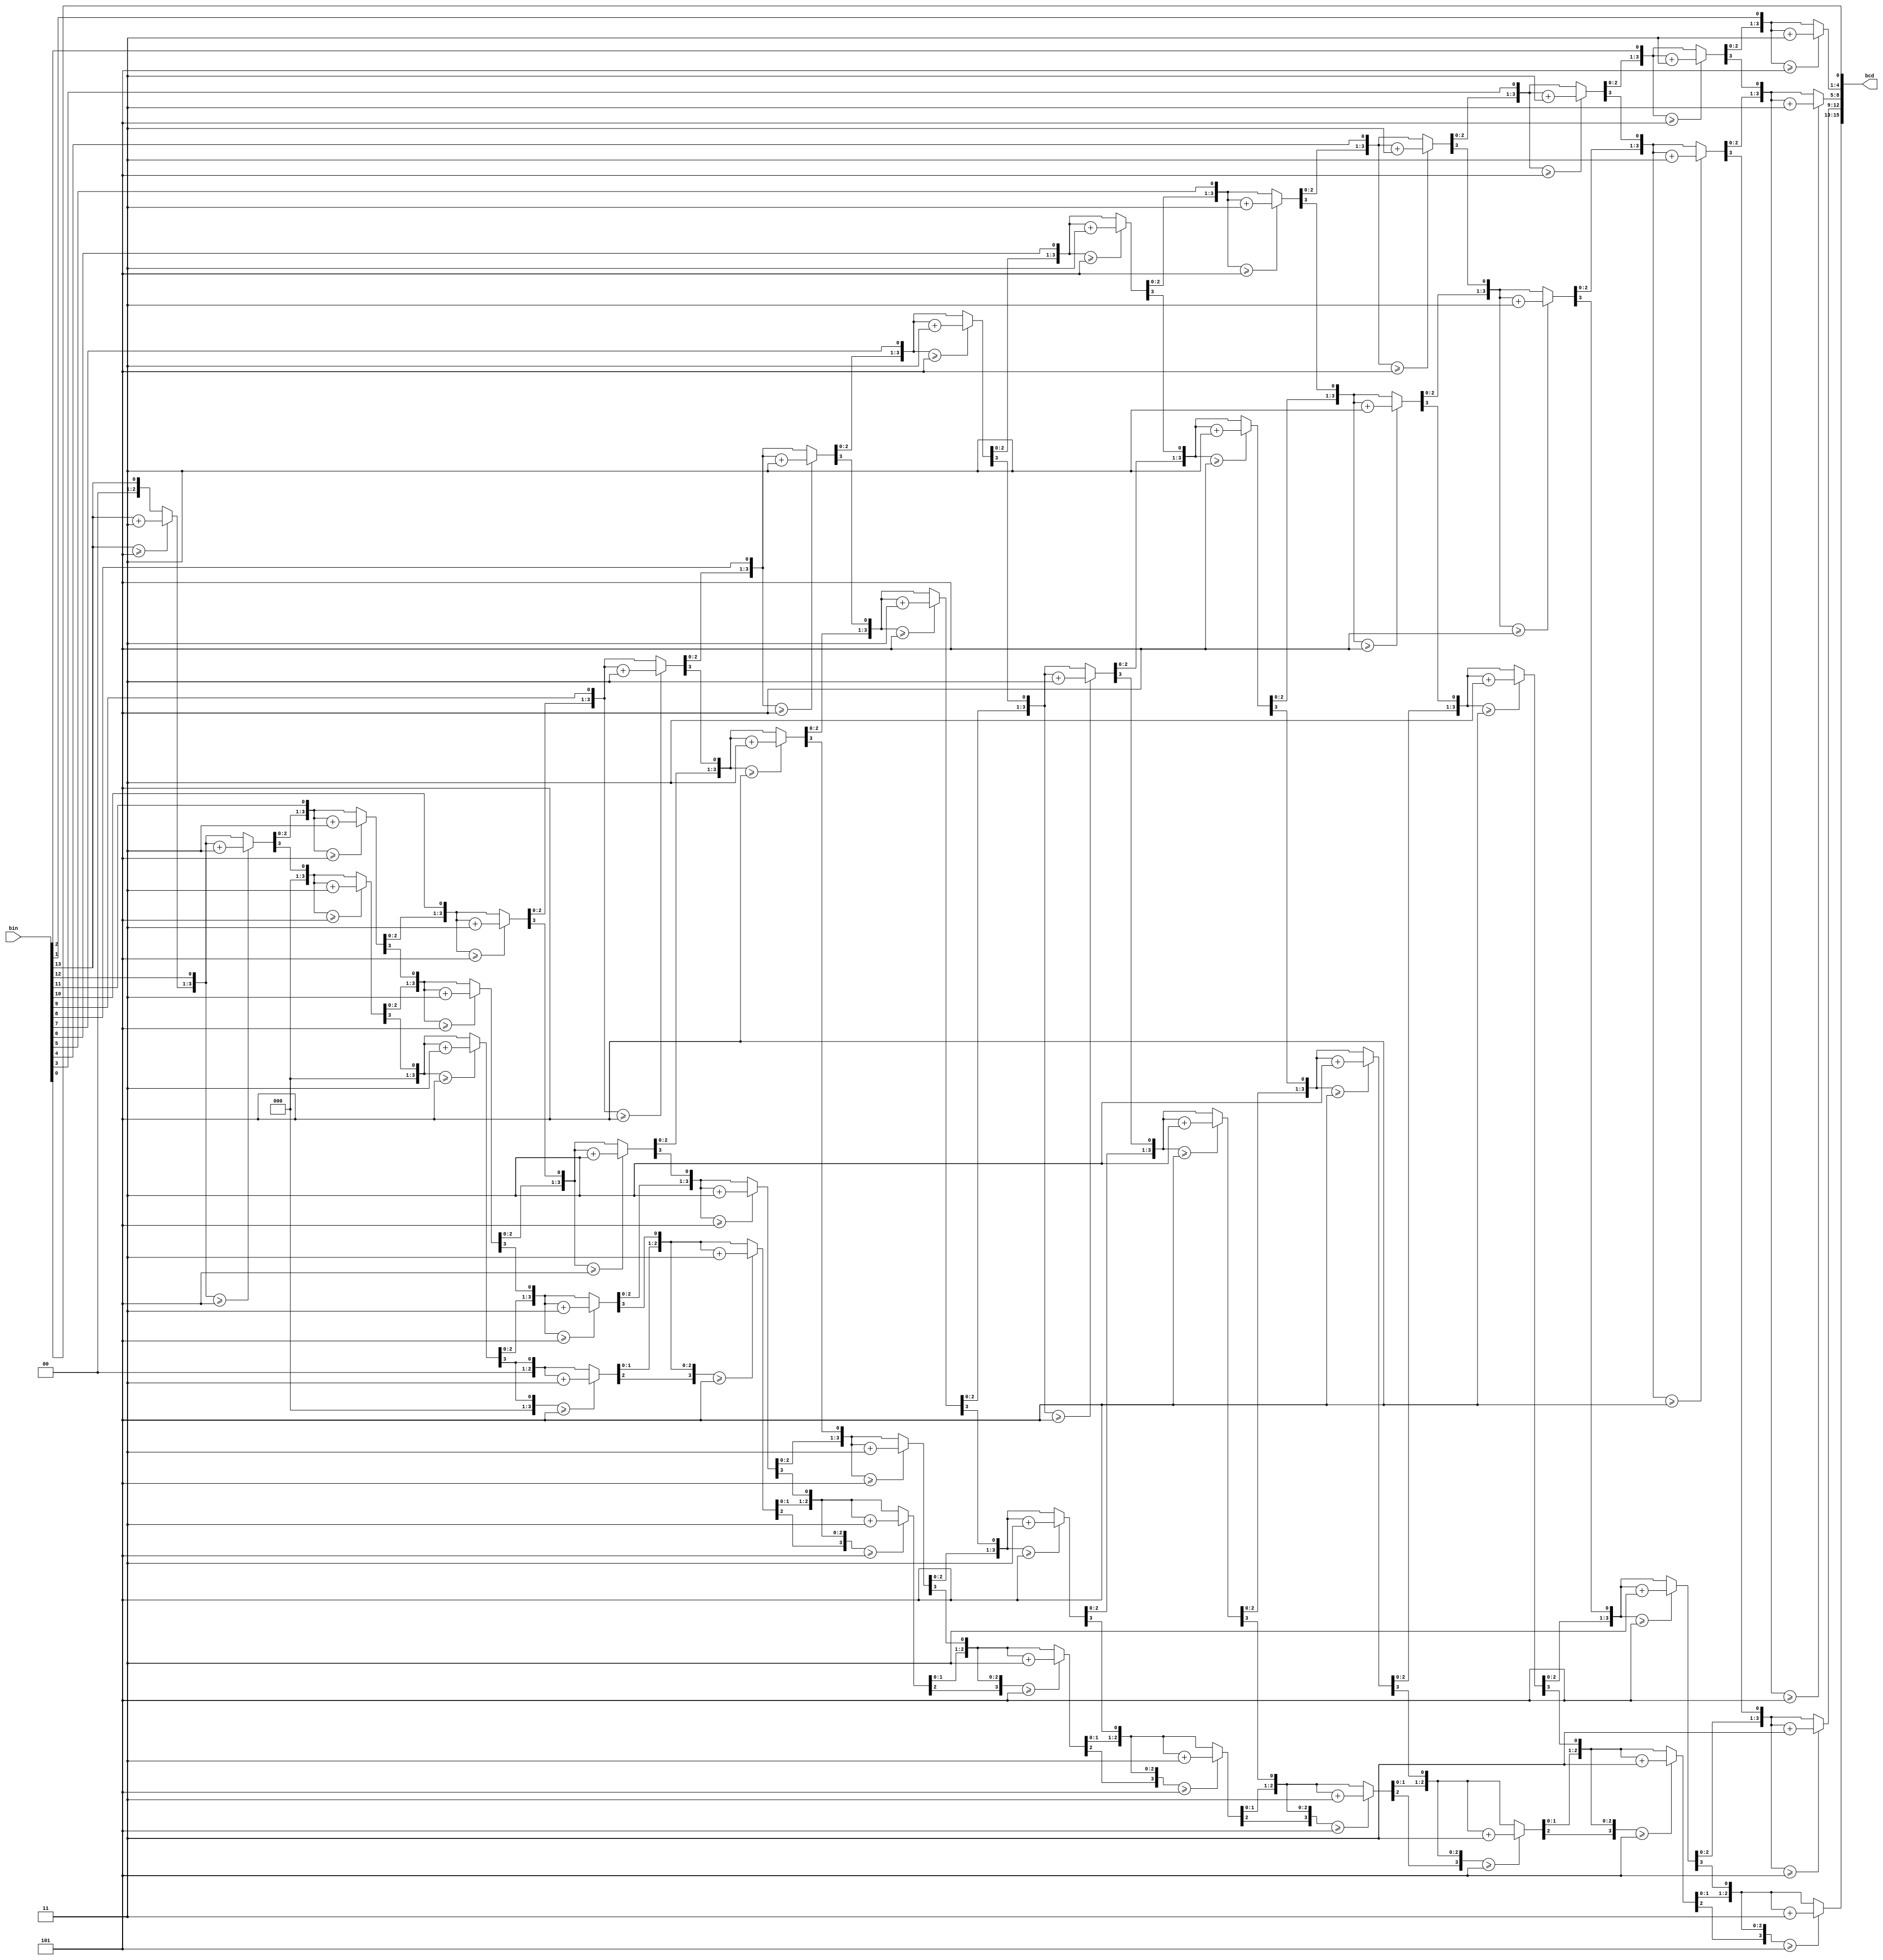
`timescale 1ns / 1ps
//////////////////////////////////////////////////////////////////////////////////
// Company: 
// Engineer: 
// 
// Design Name: 
// Module Name:    bin_to_4dig_BCD 
// Project Name: 
// Target Devices: 
// Tool versions: 
// Description: 
//
// Dependencies: 
//
// Revision: 
// Revision 0.01 - File Created
// Additional Comments: 
//
//////////////////////////////////////////////////////////////////////////////////
module bin_to_4dig_BCD(
input [13:0] bin,
output reg [15:0] bcd
    );

integer i; // 32bit unsigned index

always @(bin) begin
    bcd=0;		 	
    for (i=0;i<14;i=i+1) begin					//Iterate once for each bit in input number
      if (bcd[3:0] >= 5) bcd[3:0] = bcd[3:0] + 3;		//If any BCD digit is >= 5, add three
		if (bcd[7:4] >= 5) bcd[7:4] = bcd[7:4] + 3;
		if (bcd[11:8] >= 5) bcd[11:8] = bcd[11:8] + 3;
		if (bcd[15:12] >= 5) bcd[15:12] = bcd[15:12] + 3;
		bcd = {bcd[14:0],bin[13-i]};				//Shift one bit, and shift in proper bit from input 
    end
end

endmodule